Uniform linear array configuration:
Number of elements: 4
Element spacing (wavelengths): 0.75
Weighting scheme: exponential
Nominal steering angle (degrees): -30
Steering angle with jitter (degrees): -28.434
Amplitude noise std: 0.05
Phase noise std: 0.05

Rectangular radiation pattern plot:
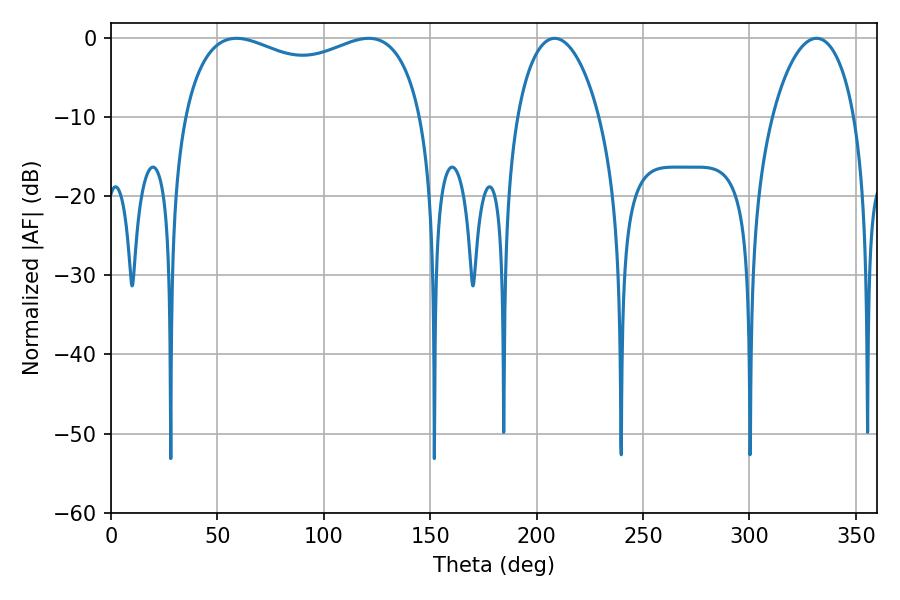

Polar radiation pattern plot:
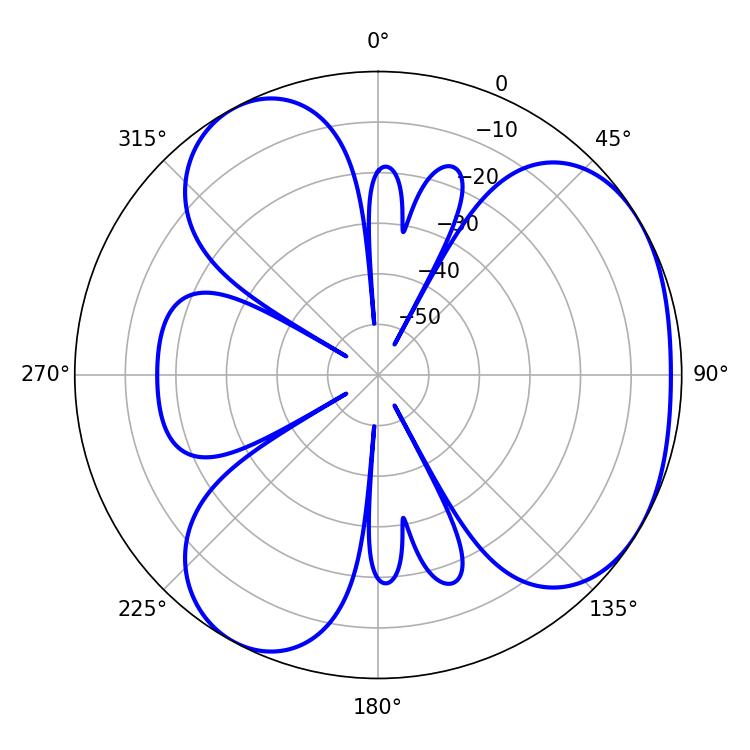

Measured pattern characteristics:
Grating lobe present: TRUE
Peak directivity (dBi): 3.943
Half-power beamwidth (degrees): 21.96
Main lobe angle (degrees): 208.44